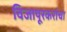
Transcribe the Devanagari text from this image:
विजापूरकरांचा